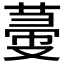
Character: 𦵲